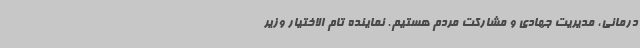
درمانی، مدیریت جهادی و مشارکت مردم هستیم. نماینده تام الاختیار وزیر